Civil Veterinary Department Bihar reports 1936-40 - 1936-1940
Year: 1936
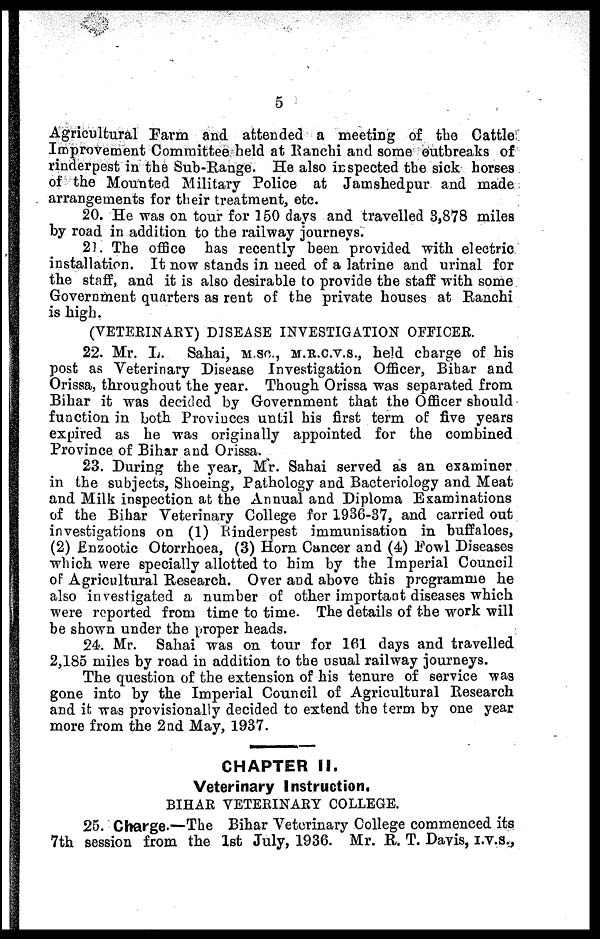
5
Agricultural Farm and attended a meeting of the Cattle
Improvement Committee held at Ranchi and some outbreaks of
rinderpest in the Sub-Range. He also inspected the sick horses
of the Mounted Military Police at Jamshedpur and made
arrangements for their treatment, etc.
20. He was on tour for 150 days and travelled 3,878 miles
by road in addition to the railway journeys.
21. The office has recently been provided with electric
installation. It now stands in need of a latrine and urinal for
the staff, and it is also desirable to provide the staff with some
Government quarters as rent of the private houses at Ranchi
is high.
(VETERINARY) DISEASE INVESTIGATION OFFICER.
22. Mr. L. Sahai, m.sc., m.r.c.v.s., held charge of his
post as Veterinary Disease Investigation Officer, Bihar and
Orissa, throughout the year. Though Orissa was separated from
Bihar it was decided by Government that the Officer should
function in both Provinces until his first term of five years
expired as he was originally appointed for the combined
Province of Bihar and Orissa.
23. During the year, Mr. Sahai served as an examiner
in the subjects, Shoeing, Pathology and Bacteriology and Meat
and Milk inspection at the Annual and Diploma Examinations
of the Bihar Veterinary College for 1936-37, and carried out
investigations on (1) Rinderpest immunisation in buffaloes,
(2) Enzootic Otorrhoea, (3) Horn Cancer and (4) Fowl Diseases
which were specially allotted to him by the Imperial Council
of Agricultural Research. Over and above this programme he
also investigated a number of other important diseases which
were reported from time to time. The details of the work will
be shown under the proper heads.
24. Mr. Sahai was on tour for 161 days and travelled
2,185 miles by road in addition to the usual railway journeys.
The question of the extension of his tenure of service was
gone into by the Imperial Council of Agricultural Research
and it was provisionally decided to extend the term by one year
more from the 2nd May, 1937.
CHAPTER II.
Veterinary Instruction,
BIHAR VETERINARY COLLEGE.
25. Charge.—The Bihar Veterinary College commenced its
7th session from the 1st July, 1936. Mr. R. T. Davis, I.V.S.,